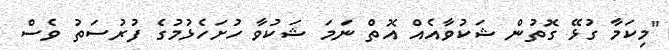
"މިކަމާ ގުޅޭ ގޮތުން ޝަކުވާއެއް އޮތް ނަމަ ޝަކުވާ ހުށަހެޅުމުގެ ފުރުސަތު ވެސް